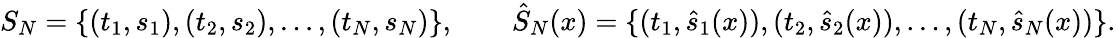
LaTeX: S_{N}=\{ (t_{1},s_{1}),(t_{2},s_{2}),\ldots,(t_{N},s_{N})\} ,\qquad\hat{S}_{N}(x)=\{ (t_{1},\hat{s}_{1}(x)),(t_{2},\hat{s}_{2}(x)),\ldots,(t_{N},\hat{s}_{N}(x))\} .